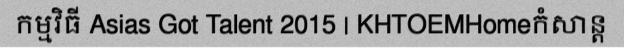
កម្មវិធី Asias Got Talent 2015 | KHTOEMHomeកំសាន្ត